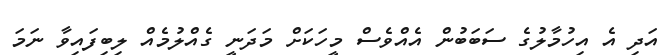
އަދި އެ އިހުމާލުގެ ސަބަބުން އެއްވެސް މީހަކަށް މަދަނީ ގެއްލުމެއް ލިބިފައިވާ ނަމަ